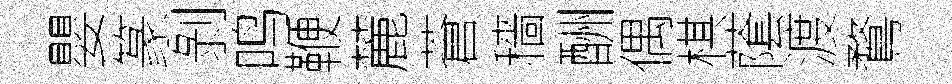
嬰篆剝鸣鞭麓蒼穡酬偶棋䕃渡鶩